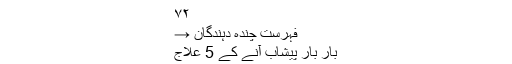
۷۲
فہرست چندہ دہندگان →
بار بار پیشاب آنے کے 5 علاج